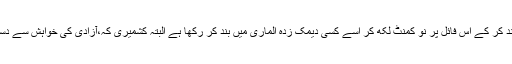
مگر اس کے باوجود انہوں نے کشمیر کو کشمیر ڈے کی فائل میں بند کر کے اس فائل پر نو کمنٹ لکھ کر اسے کسی دیمک زدہ الماری میں بند کر رکھا ہے البتہ کشمیری کہ،آزادی کی خواہش سے دستبردار ہونے کو تیار نہیں ..کسی طور اسے چھوڑنے کو تیار نہیں ۔